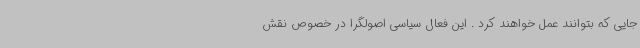
جایی که بتوانند عمل خواهند کرد . این فعال سیاسی اصولگرا در خصوص نقش